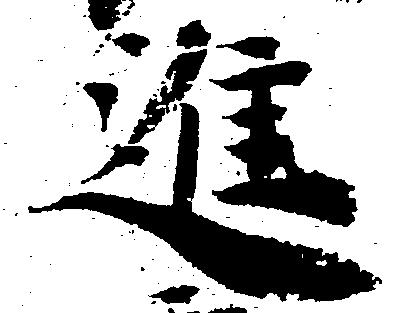
進